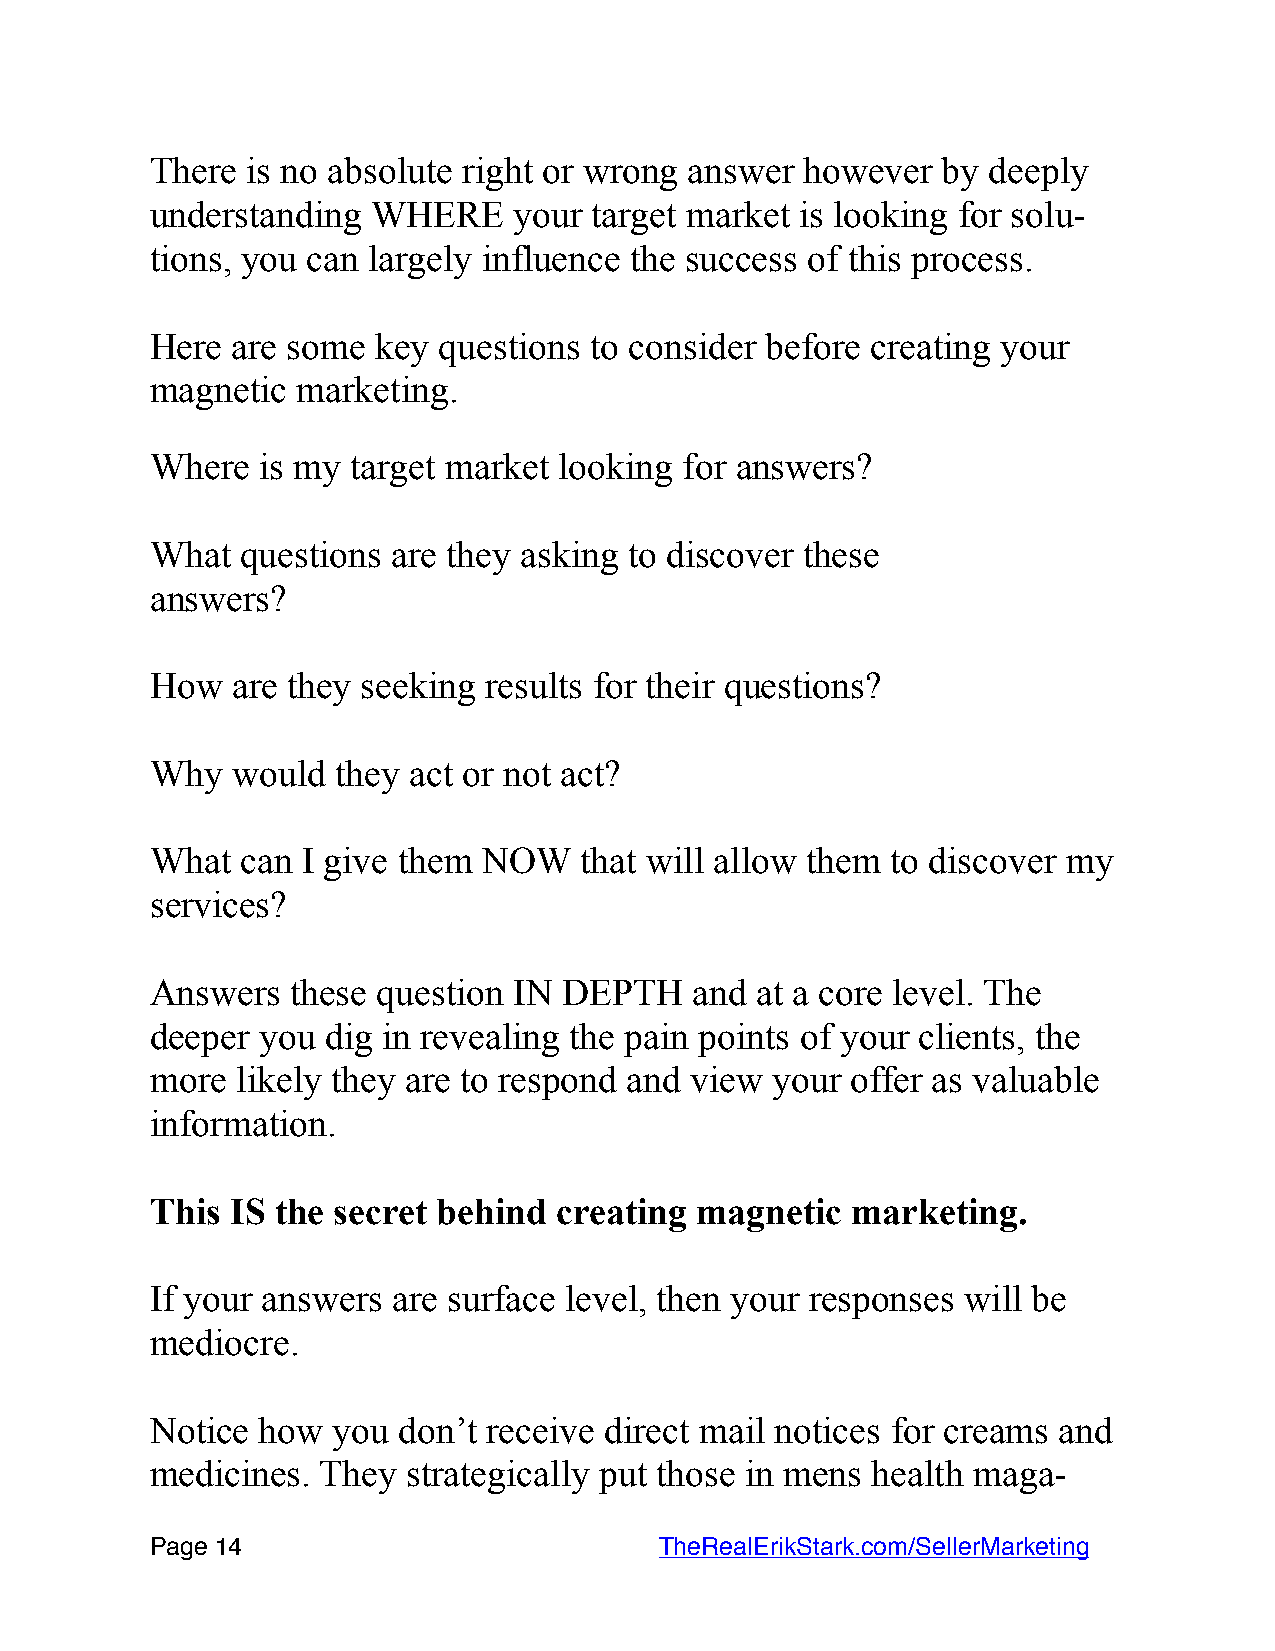
There is no absolute right or wrong answer however  by  deeply
 understanding  WHERE    your target market is looking for solu-
 tions, you can largely influence the success of this process.
 Here are some  key questions to consider before creating your
 magnetic  marketing.
 Where  is my target market looking for answers?
 What  questions are they asking to discover these
 answers?
 How  are they seeking results for their questions?
 Why  would  they act or not act?
 What  can I give them NOW   that will allow them to discover my
 services?
 Answers  these question IN DEPTH    and at a core level. The
 deeper you  dig in revealing the pain points of your clients, the
 more  likely they are to respond and view your offer as valuable
 information.
 This IS the secret behind  creating magnetic  marketing.
 If your answers are surface level, then your responses will be
 mediocre.
 Notice how  you don’t receive direct mail notices for creams and
 medicines. They  strategically put those in mens health maga-
 Page 1 4                         TheRealErikStark.com/SellerMarketing